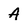
Character: A